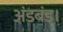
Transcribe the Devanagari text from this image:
अंडबंड।